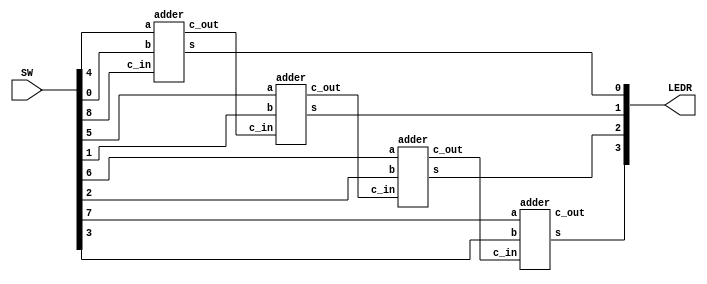
module lab3part2(LEDR, SW);
  	input [9:0] SW;
	output [9:0] LEDR;

	// A = SW[7:4]
	// B = SW[3:0]
	// c_in = SW[8]
	// S is LEDR[3:0]
	// c_out is LEDR[9]
	
	wire w1,w2,w3;
	adder a1(
		.c_in(SW[8]),
    .a(SW[4]),
	  .b(SW[0]),
	  .s(LEDR[0]),
	  .c_out(w1)	
	);
	adder a2(
		.c_in(w1),
    .a(SW[5]),
	  .b(SW[1]),
	  .s(LEDR[1]),
	  .c_out(w2)	
	);
	adder a3(
		.c_in(w2),
    .a(SW[6]),
	  .b(SW[2]),
	  .s(LEDR[2]),
	  .c_out(w3)	
	);
	adder a4(
		.c_in(w3),
    	.a(SW[7]),
	  	.b(SW[3]),
	  	.s(LEDR[3]),
	  	.c_out(LEDR[9])	
	);

endmodule

module adder(c_in, a, b, s, c_out);
  input c_in,a,b;
	output s,c_out;
	wire w1;

  mux2to1 m1(
		.a(c_in),
		.b(b),
		.s(a^b),
		.o(c_out)
	);
	
	assign s = (a^b)^c_in;

endmodule

module mux2to1(a,b,s,o);
  	input a,b,s;
	output o;

	assign o = a & ~s | b & s;
endmodule